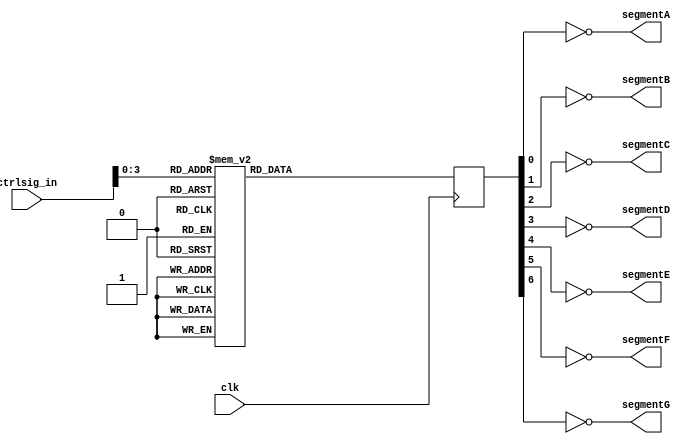
module bin27 
  (
   input       clk,
   input [7:0] ctrlsig_in,
   output      segmentA,
   output      segmentB,
   output      segmentC,
   output      segmentD,
   output      segmentE,
   output      segmentF,
   output      segmentG
   );
 
  reg [6:0] encode = 7'h00;
   
  always @(posedge clk)
    begin
      case (ctrlsig_in[3:0])
        4'b0000 : encode <= 7'h3F;
        4'b0001 : encode <= 7'h06;
        4'b0010 : encode <= 7'h5B;
        4'b0011 : encode <= 7'h4F;
        4'b0100 : encode <= 7'h66;          
        4'b0101 : encode <= 7'h6D;
        4'b0110 : encode <= 7'h7D;
        4'b0111 : encode <= 7'h07;
        4'b1000 : encode <= 7'hFF;
        4'b1001 : encode <= 7'h6F;
        4'b1010 : encode <= 7'h77;
        4'b1011 : encode <= 7'h7C;
        4'b1100 : encode <= 7'h39;
        4'b1101 : encode <= 7'h5E;
        4'b1110 : encode <= 7'h79;
        4'b1111 : encode <= 7'h71;
      endcase
    end
 
  assign segmentA = ~encode[0];
  assign segmentB = ~encode[1];
  assign segmentC = ~encode[2];
  assign segmentD = ~encode[3];
  assign segmentE = ~encode[4];
  assign segmentF = ~encode[5];
  assign segmentG = ~encode[6];
 
endmodule